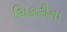
શિકારીના